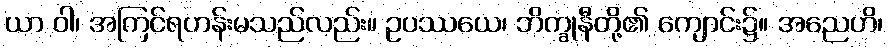
ယာ ဝါ၊ အကြင်ရဟန်းမသည်လည်း။ ဥပဿယေ၊ ဘိက္ခုနီတို့၏ ကျောင်း၌။ အညေဟိ၊